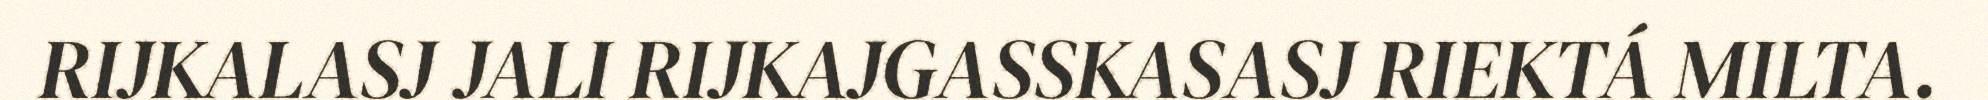
RIJKALASJ JALI RIJKAJGASSKASASJ RIEKTÁ MILTA.